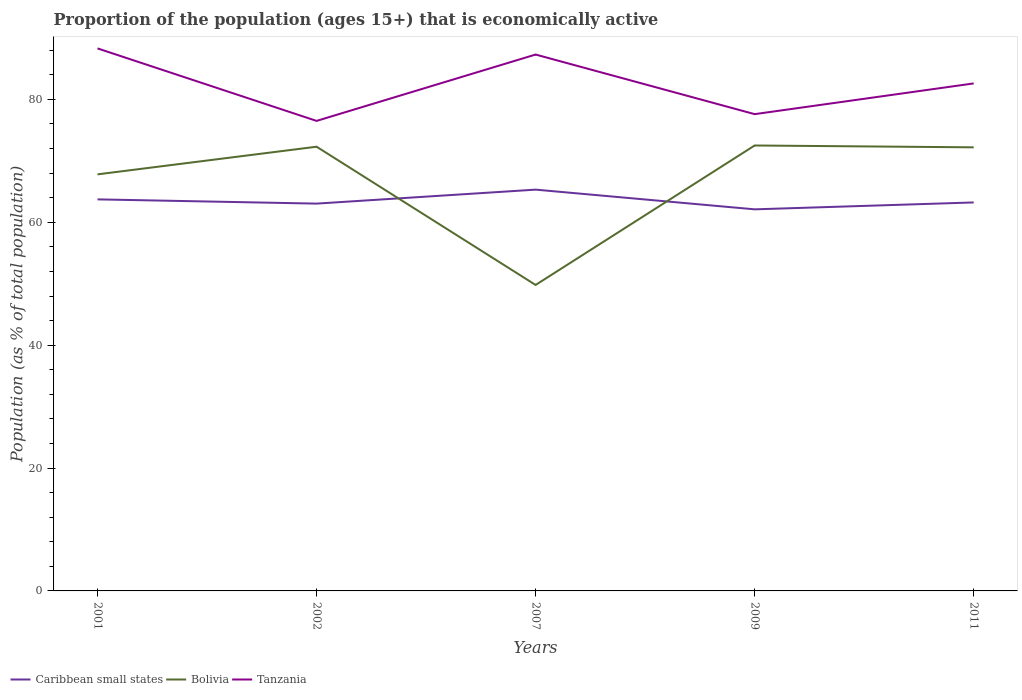
| Years | Caribbean small states | Bolivia | Tanzania |
 | --- | --- | --- | --- |
 | 2001 | 63.7 | 67.8 | 88.3 |
 | 2002 | 63 | 72.3 | 76.5 |
 | 2007 | 65.3 | 49.8 | 87.3 |
 | 2009 | 62.1 | 72.5 | 77.6 |
 | 2011 | 63.2 | 72.2 | 82.6 |